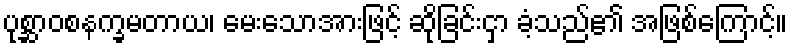
ပုစ္ဆာဝစနက္ခမတာယ၊ မေးသောအားဖြင့် ဆိုခြင်းငှာ ခံ့သည်၏ အဖြစ်ကြောင့်။